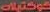
كوكتيلات